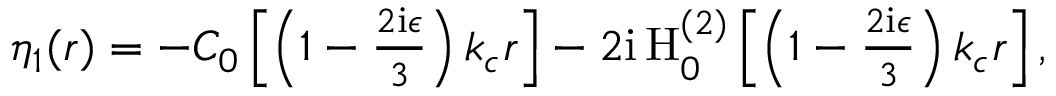
\begin{array} { r } { \eta _ { 1 } ( r ) = - C _ { 0 } \left[ \left( 1 - \frac { 2 \mathrm { i } \epsilon } { 3 } \right) k _ { c } r \right] - 2 \mathrm { i } \, \mathrm { H } _ { 0 } ^ { ( 2 ) } \left[ \left( 1 - \frac { 2 \mathrm { i } \epsilon } { 3 } \right) k _ { c } r \right] , } \end{array}